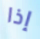
إذا